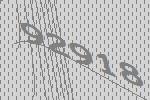
92918